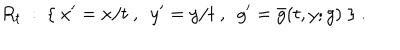
R _ { t } ~ : ~ \{ ~ x ^ { \prime } = x / t ~ , ~ ~ y ^ { \prime } = y / t ~ , ~ ~ g ^ { \prime } = \bar { g } ( t , y ; g ) ~ \} ~ .